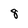
Character: 8